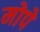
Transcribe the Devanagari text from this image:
मोपे